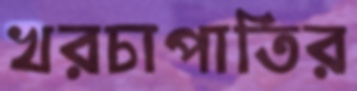
খরচাপাতির